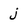
Character: j